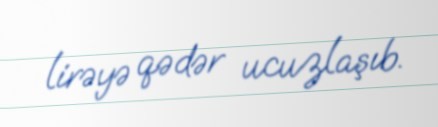
lirəyə qədər ucuzlaşıb.